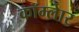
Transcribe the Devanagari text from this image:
कॉम्लेार